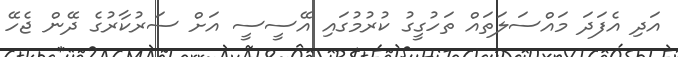
އަދި އެފަދަ މައްސަލަތައް ތަހުގީގު ކުރުމުގައި އޭސީސީ އަށް ސަރުކާރުގެ ދޭން ޖެހޭ